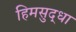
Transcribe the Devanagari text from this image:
हिमसुद्धा